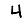
Digit: 4